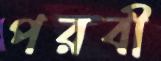
পরবী